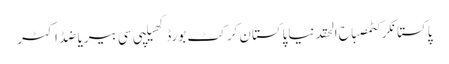
پاکستانکرکٹمصباح الحقدنیاپاکستان کرکٹ بورڈکھیلپی سی بیریاضڈاکٹر